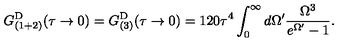
G _ { ( 1 + 2 ) } ^ { \mathrm { D } } ( \tau \rightarrow 0 ) = G _ { ( 3 ) } ^ { \mathrm { D } } ( \tau \rightarrow 0 ) = 1 2 0 \tau ^ { 4 } \int _ { 0 } ^ { \infty } d \Omega ^ { \prime } \frac { \Omega ^ { 3 } } { e ^ { \Omega ^ { \prime } } - 1 } .